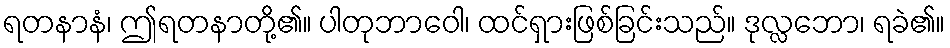
ရတနာနံ၊ ဤရတနာတို့၏။ ပါတုဘာဝေါ၊ ထင်ရှားဖြစ်ခြင်းသည်။ ဒုလ္လဘော၊ ရခဲ၏။